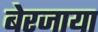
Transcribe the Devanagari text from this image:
बेरजाया